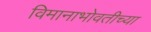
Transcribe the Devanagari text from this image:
विमानाभोवतीच्या